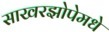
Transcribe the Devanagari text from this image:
साखरझोपेमधे